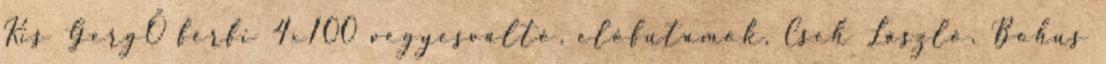
Kis GergŐ férfi 4x100 vegyesváltó, előfutamok, Cseh László, Bohus